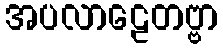
အပလာဠေတဗ္ဗာ